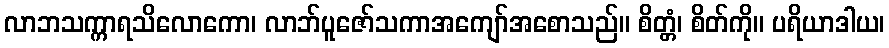
လာဘသက္ကာရသိလောကော၊ လာဘ်ပူဇော်သကာအကျော်အစောသည်။ စိတ္တံ၊ စိတ်ကို။ ပရိယာဒါယ၊